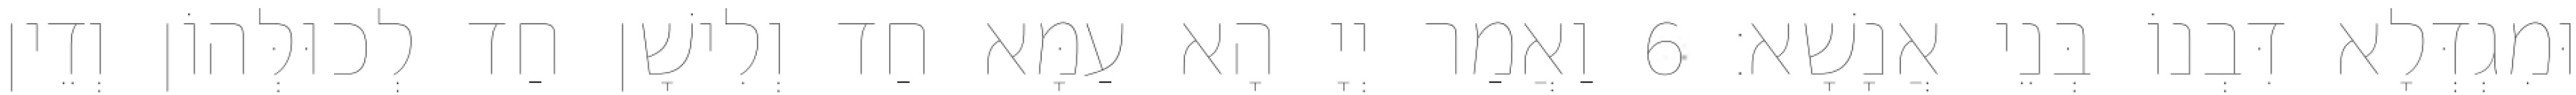
וּמִגְדְּלָא דִּבְנוֹ בְּנֵי אֲנָשָׁא׃ 6 וַאֲמַר יְיָ הָא עַמָּא חַד וְלִישָׁן חַד לְכוּלְּהוֹן וְדֵין